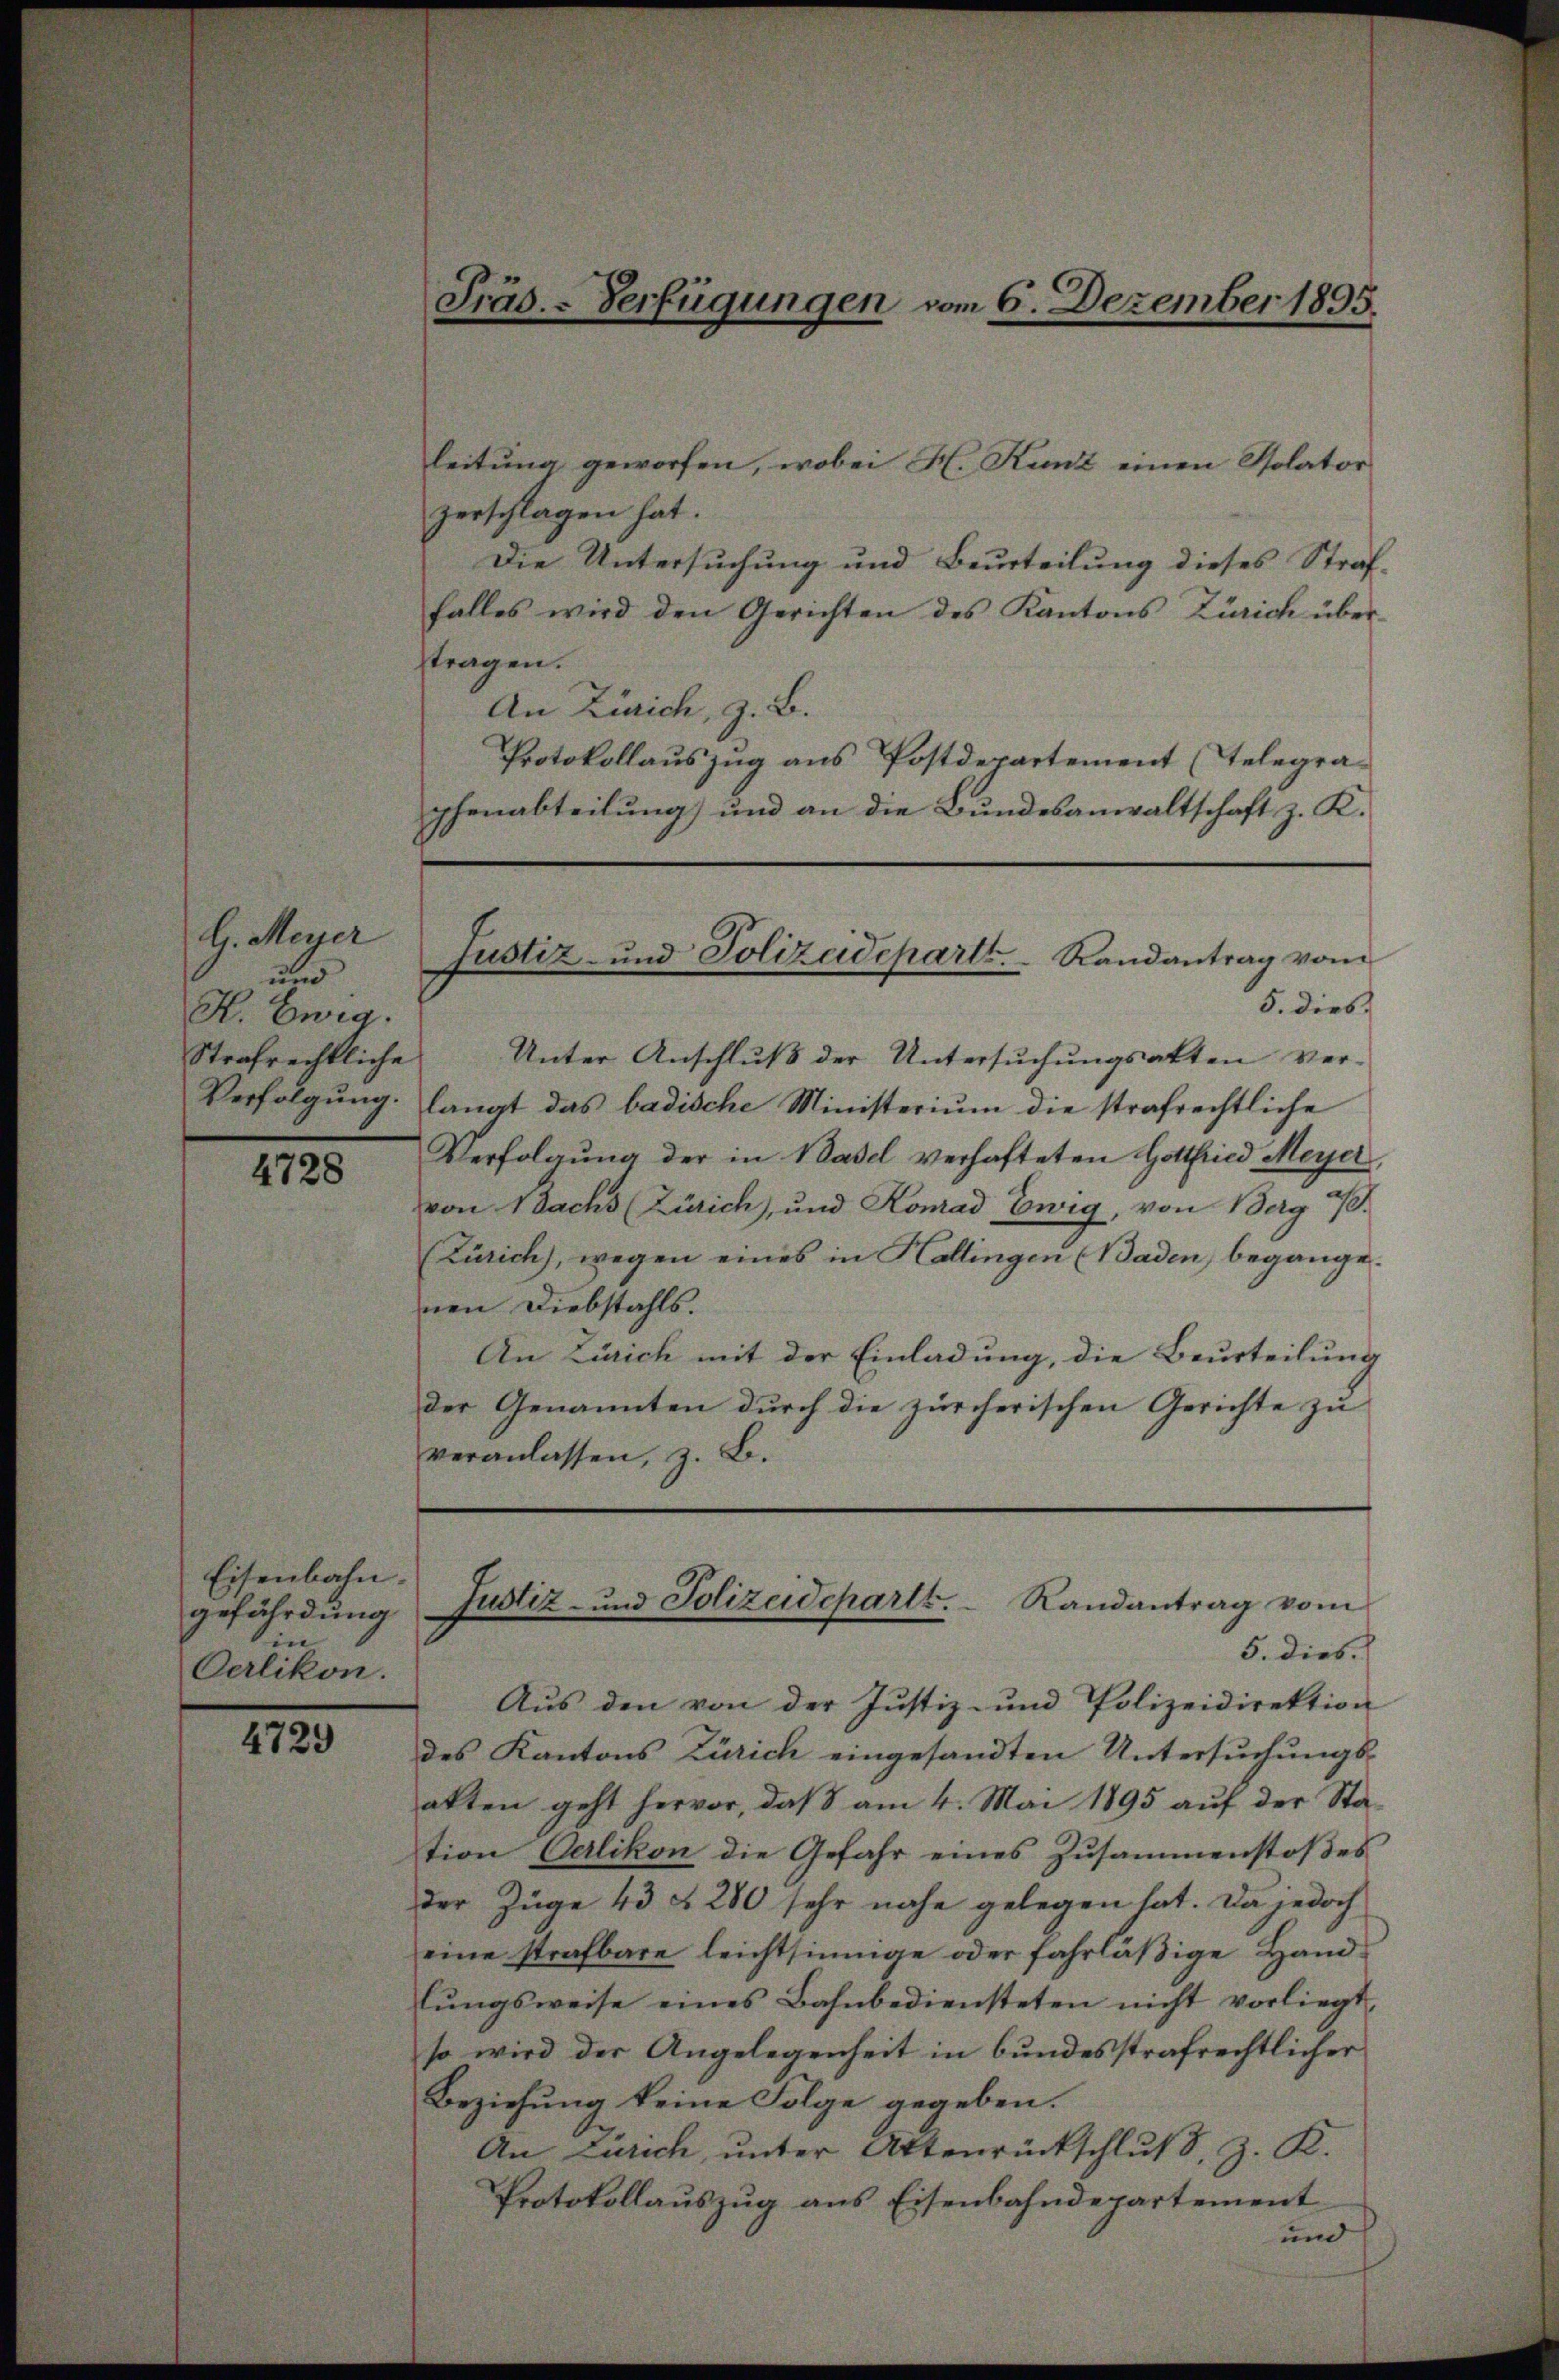
H. Meyer
und
K. Ewig.

4728

Eisenbahn.
gefährdung
in
Oerlikon.

4729

Präs. - Verfügungen vom 6. Dezember 1895.

leitung geworfen, wobei H. Kunz einen Solator
zerschlagen hat.
Die Untersuchung und Beurteilung dieses Straf-
falles wird den Gerichten des Kantons Zürich über-
tragen.
An Zürich, z. B.
Protokollaŭszŭg ans Postdepartement (Telegra-
phenabteilung und an die Bundesanwaltschaft z. K.
5. dies
Strafrechtliche Unter Anschlŭβ der Untersŭchŭngsakten ver-
Verfolgŭng. langt das badische Ministerium die strafrechtliche
Verfolgung der in Basel verhafteten Hottfried Meyer,
von Nachs (Zürich, und Komad Ewig, von Berg a/S.
(Zürich), wegen eines in Hallingen (Baden, begange.
nen Diebstahls.
An Zürich mit der Einladung, die Beurteilung
der Genannten durch die zürcherischen Gerichte zu
veranlassen, z. B.

Justiz- und Polizeidepartt.  Randantrag vom

Aus den von der Justiz- und Polizeidirektion
des Kantons Zürich eingesandten Untersuchungsakten geht hervor, daß am 4. Mai 1895 auf der Station Oerlikon die Gefahr eines Zusammenstoßes
der Züge 43 § 280 sehr nahe gelegen hat. Da jedoch
eine strafbare leichtsinnige oder fahrläßige Handlŭngsweise eines Bahnbediensteten nicht vorliegt,
so wird der Angelegenheit in bundesstrafrechtlicher
Beziehung keine Folge gegeben.
An Zürich, unter Attenrückschluß, z. K.
Protokollaŭszŭg ans Eisenbahndepartement
und

Justiz- und Polizeideparts. Randantrag vom
5. dies